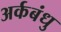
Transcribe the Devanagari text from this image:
अर्कबंधु